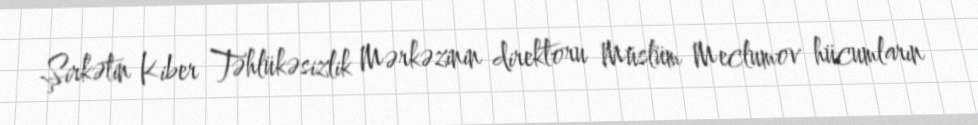
Şirkətin Kiber Təhlükəsizlik Mərkəzinin direktoru Müslüm Meclumov hücumların